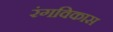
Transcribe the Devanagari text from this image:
रंगविकास